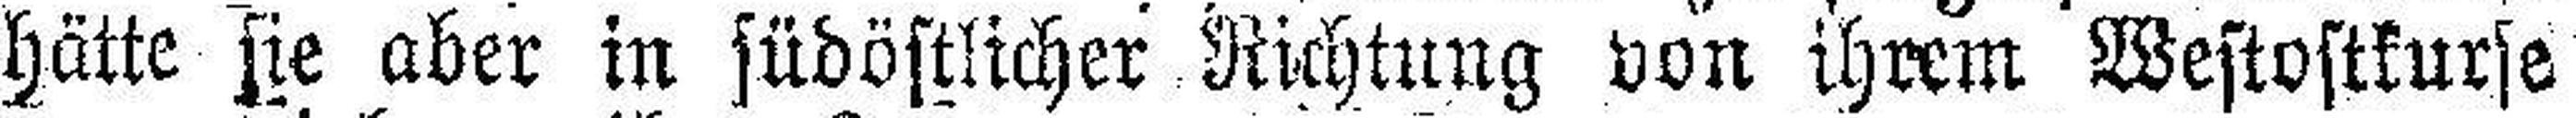
hätte sie aber in südöstlicher Richtung von ihrem Westostkurse